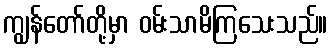
ကျွန်တော်တို့မှာ ဝမ်းသာမိကြသေးသည်။